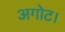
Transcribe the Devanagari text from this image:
अगोट।